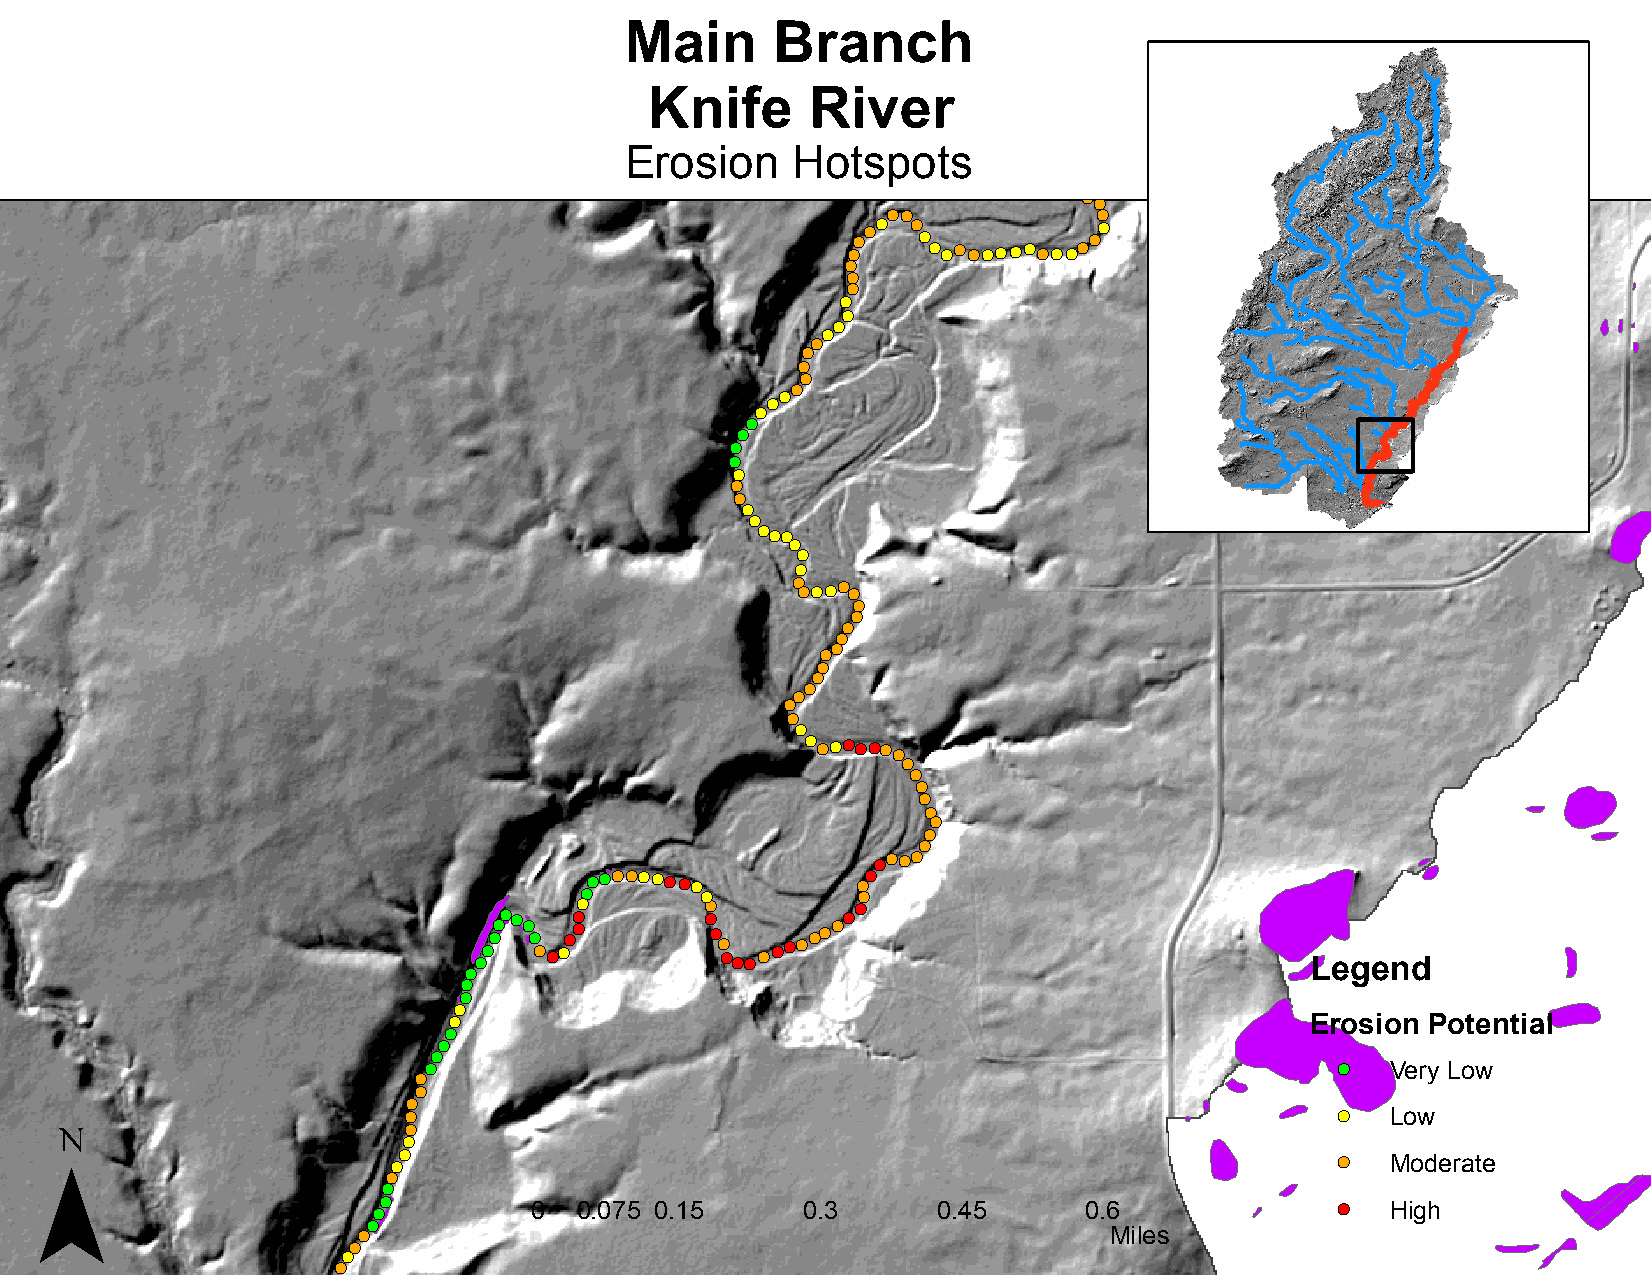
Main      Branch
 Knife      River
 Erosion    Hotspots
 !(
 !(!(
 !(!(          !(
 !(!( !( !( !( !( !( !(!(!(!(!(!(!(!(!(!(!(!(!(
 !(
 !(
 !(
 !(
 !(
 !(
 !(
 !(
 !(
 !(
 !(
 !(
 !(
 !(
 !(
 !(
 !(
 !(
 !(
 !(
 !(
 !(
 !(
 !(
 !(!(!(
 !(
 !(
 !(
 !( !(!(!(!(
 !(
 !(
 !(
 !(
 !(
 !(
 !(
 !(
 !(
 !(
 !(
 !(
 !(
 !(
 !( !(!(!(!(!(!(!(
 !(
 !(
 !(
 !(
 !(
 !(
 !(
 !(
 !(!(!(!(
 !( !(!(!(!(!(!(!(!( !(!(
 !(      !(         !(
 !(!(
 !(
 !(!( !( !(!( !(
 !(
 !(!(!(!( !( !( !(!( !( !(
 !( !(
 !(!(!(!(!(!(!(!(!(!(
 Legend
 !(
 !(
 !(
 !(                                                       Erosion Potential
 !(
 !(
 !(
 !(                                                           !( Very Low
 !(
 !(
 ¯                       !(
 !(                                                            !( Low
 !(
 !(
 !(
 !(                                                             !( Moderate
 !(
 !(
 !(!(
 0  0.075 0.15     0.3      0.45      0.6              !( High
 !(
 !(                                               Miles
 !(
 !(
 !(
 !(